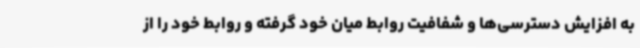
به افزایش دسترسی‌ها و شفافیت روابط میان خود گرفته و روابط خود را از